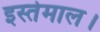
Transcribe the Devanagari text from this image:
इस्तेमाल।